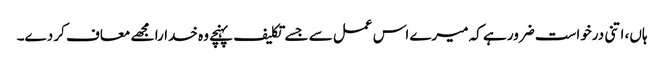
ہاں، اتنی درخواست ضرور ہے کہ میرے اس عمل سے جسے تکلیف پہنچے وہ خدارا مجھے معاف کر دے۔